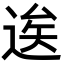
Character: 逘